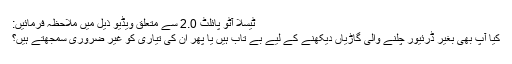
ٹیسلا آٹو پائلٹ 2.0 سے متعلق ویڈیو ذیل میں ملاحظہ فرمائیں:
کیا آپ بھی بغیر ڈرئیور چلنے والی گاڑیاں دیکھنے کے لیے بے تاب ہیں یا پھر ان کی تیاری کو غیر ضروری سمجھتے ہیں؟